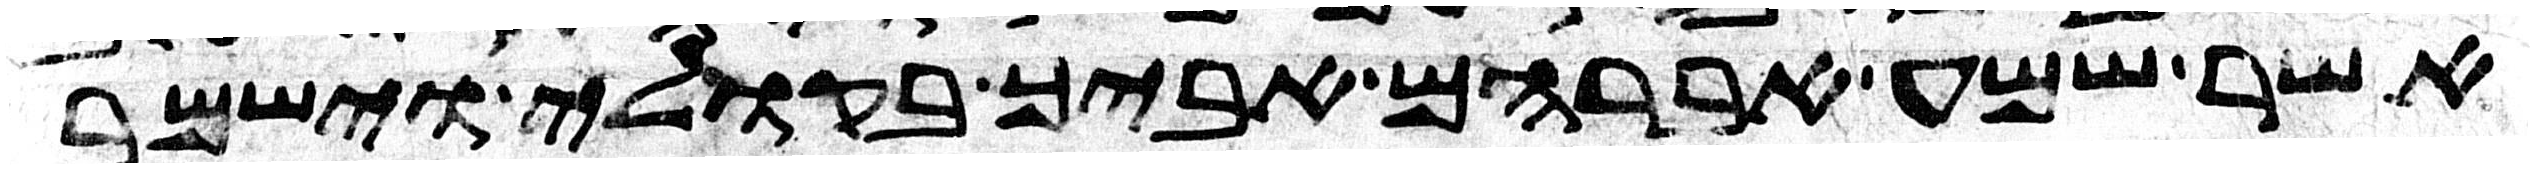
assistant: אשר שמע אברהם אביך בקולי וישמר